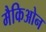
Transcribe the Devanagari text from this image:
मैकिओन